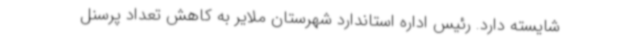
شایسته دارد. رئیس اداره استاندارد شهرستان ملایر به کاهش تعداد پرسنل